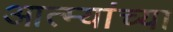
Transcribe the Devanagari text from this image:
आत्म्यांच्या